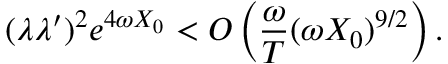
( \lambda \lambda ^ { \prime } ) ^ { 2 } e ^ { 4 \omega X _ { 0 } } < O \left( \frac { \omega } { T } ( \omega X _ { 0 } ) ^ { 9 / 2 } \right) .